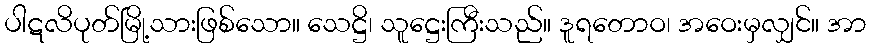
ပါဋလိပုတ်မြို့သားဖြစ်သော။ သေဋ္ဌိ၊ သူဋ္ဌေးကြီးသည်။ ဒူရတောဝ၊ အဝေးမှလျှင်။ အာ